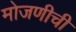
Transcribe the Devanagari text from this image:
मोजणीची